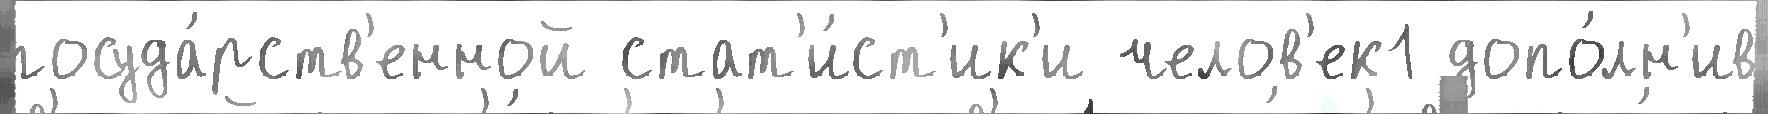
госуда́рств'енной стат'и́ст'ик'и челов'ек1 допо́лн'ив